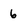
Character: 6